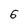
Character: 6